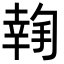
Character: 𢱬